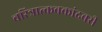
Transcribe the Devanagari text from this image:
चरित्रात्कबकांदबरी